Report on lock hospitals in British Burma
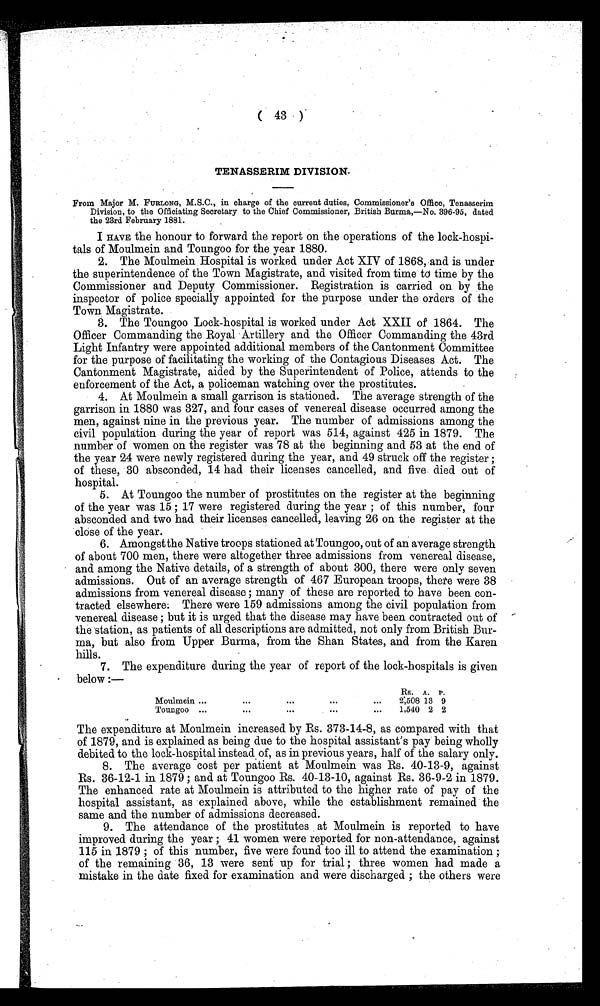
(
43
)
TENASSERIM DIVISION.
From Major M. FURLONG, M.S.C., in charge of the current duties, Commissioner's Of f
ice, Tenasserim
Division, to the Officiating Secretary to the Chief Commissioner, British Burma,—No. 396-95, dated
the 23rd February 1881.
I HAVE the honour to forward the report on the operations of the lock-hospi
tals of Moulmein and Toungoo for the year 1880.
2. The Moulmein Hospital is worked under Act XIV of 1868, and is under
the superintendence of the Town Magistrate, and visited from time to time by the
Commissioner and Deputy Commissioner. Registration is carried on by the
inspector of police specially appointed for the purpose under the orders of the
Town Magistrate.
3. The Toungoo Lock-hospital is worked under Act XXII of 1864. The
Officer Commanding the Royal Artillery and the Officer Commanding the 43rd
Light Infantry were appointed additional members of the Cantonment Committee
for the purpose of facilitating the working of the Contagious Diseases Act. The
Cantonment Magistrate, aided by the Superintendent of Police, attends to the
enforcement of the Act, a policeman watching over the prostitutes.
4. At Moulmein a small garrison is stationed. The average strength of the
garrison in 1880 was 327, and four cases of venereal disease occurred among the
men, against nine in the previous year. The number of admissions among the
civil population during the year of report was 514, against 425 in 1879. The
number of women on the register was 78 at the beginning and 53 at the end of
the year 24 were newly registered during the year, and 49 struck off the register ;
of these, 30 absconded, 14 had their licenses cancelled, and five, died out of
hospital.
5. At Toungoo the number of prostitutes on the register at the beginning
of the year was 15 ; 17 were registered during the year ; of this number, four
absconded and two had their licenses cancelled, leaving 26 on the register at the
close of the year.
6. Amongst the Native troops stationed at Toungoo, out of an average strength
of about 700 men, there were altogether three admissions from venereal disease,
and among the Native details, of a strength of about 300, there were only seven
admissions. Out of an average strength of 467 European troops, there were 38
admissions from venereal disease ; many of these are reported to have been con-
tracted elsewhere; There were 159 admissions among the civil population from
venereal disease ; but it is urged that the disease may have been contracted out of
the station, as patients of all descriptions are admitted, not only from British Bur
ma, but also from Upper Burma, from the Shan States, and from the Karen
hills.
7. The expenditure during the year of report of the lock-hospitals is given
below :—
Rs. A. P.
Moulmein ...
. . .
. . .
. . .
. . .
2.508 13 9
Toungoo ...
...
. . .
...
...
1,540 2 2
The expenditure at Moulmein increased by Rs. 373-14-8, as compared with that
of 1879, and is explained as being due to the hospital assistant's pay being wholly
debited to the lock-hospital instead of, as in previous years, half of the salary only.
8. The average cost per patient at Moulmein was Rs. 40-13-9, against
Rs. 36-12-1 in 1879 ; and at Toungoo Rs. 40-13-10, against Rs. 36-9-2 in 1879.
The enhanced rate at Moulmein is attributed to the higher rate of pay of the
hospital assistant, as explained above, while the establishment remained the
same and the number of admissions decreased.
9. The attendance of the prostitutes at Moulmein is reported to have
improved during the year ; 41 women were reported for non-attendance, against
115 in 1879 ; of this number, five were found too ill to attend the examination ;
of the remaining 36, 13 were sent up for trial ; three women had made a
mistake in the date fixed for examination and were discharged ; the others were